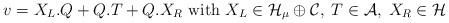
LaTeX: \begin{align*}v=X_L. Q + Q .T + Q. X_R {\rm ~ with ~} X_L \in {\cal H}_\mu \oplus {\cal C},\; T \in {\cal A},\; X_R \in \cal H \end{align*}